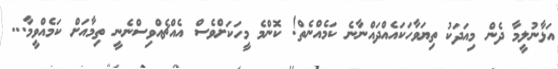
އަޅާނުލީމާ ދެން މިއަދަކު ތިޔަވާހަކައެއްދައްނާނެ ކަމެއްނެތް! ކޮންމެ މީހަކަށްވެސް އެއްޗެއްވިސްނެނީ ތިމާއަށް ކަމެއްވީމާ...